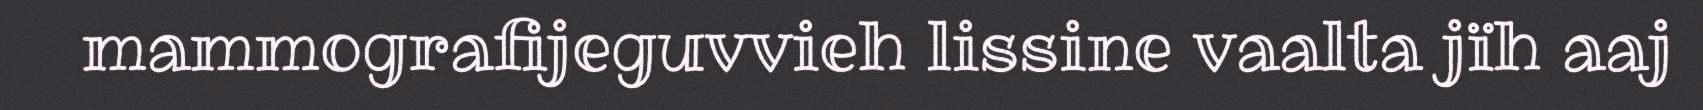
mammografijeguvvieh lissine vaalta jïh aaj